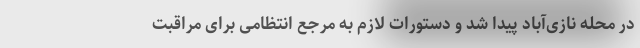
در محله نازی‌آباد پیدا شد و دستورات لازم به مرجع انتظامی برای مراقبت